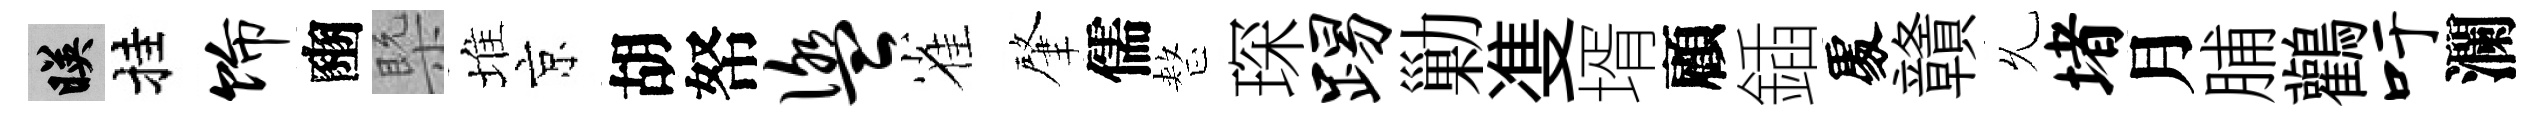
映挂饰豳槩堆京胡帑盥雀肇儒整琛踢勦㕠壻顧鍤𠁅贛𠃔堵月脯鸛吁瀾